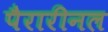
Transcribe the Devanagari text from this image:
पैरारीनल